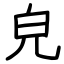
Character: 皃